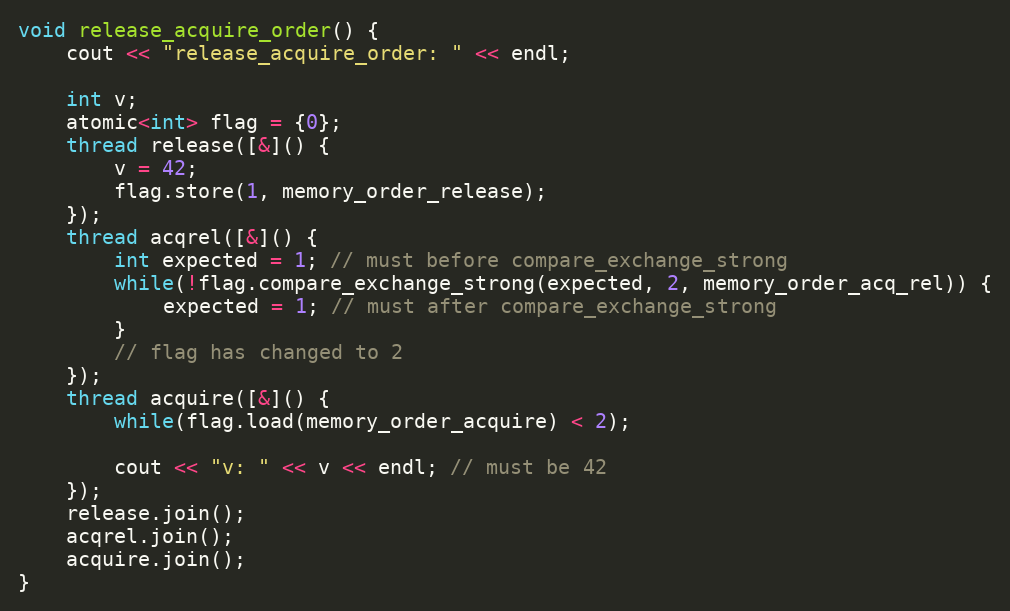
Language: C++
void release_acquire_order() {
    cout << "release_acquire_order: " << endl;

    int v;
    atomic<int> flag = {0};
    thread release([&]() {
        v = 42;
        flag.store(1, memory_order_release);
    });
    thread acqrel([&]() {
        int expected = 1; // must before compare_exchange_strong
        while(!flag.compare_exchange_strong(expected, 2, memory_order_acq_rel)) {
            expected = 1; // must after compare_exchange_strong
        }
        // flag has changed to 2
    });
    thread acquire([&]() {
        while(flag.load(memory_order_acquire) < 2);

        cout << "v: " << v << endl; // must be 42
    });
    release.join();
    acqrel.join();
    acquire.join();
}